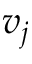
v _ { j }